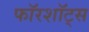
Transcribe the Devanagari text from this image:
फॉरशॉट्स